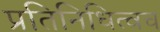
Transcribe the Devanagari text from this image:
प्रतिनिधित्वच